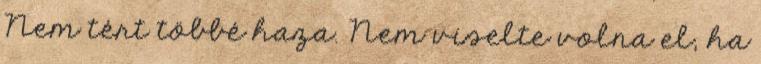
Nem tért többé haza. Nem viselte volna el, ha